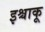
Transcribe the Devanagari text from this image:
इश्चाकू